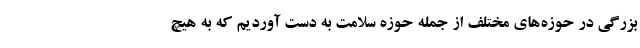
بزرگی در حوزه‌های مختلف از جمله حوزه سلامت به دست آوردیم که به هیچ